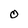
Character: O